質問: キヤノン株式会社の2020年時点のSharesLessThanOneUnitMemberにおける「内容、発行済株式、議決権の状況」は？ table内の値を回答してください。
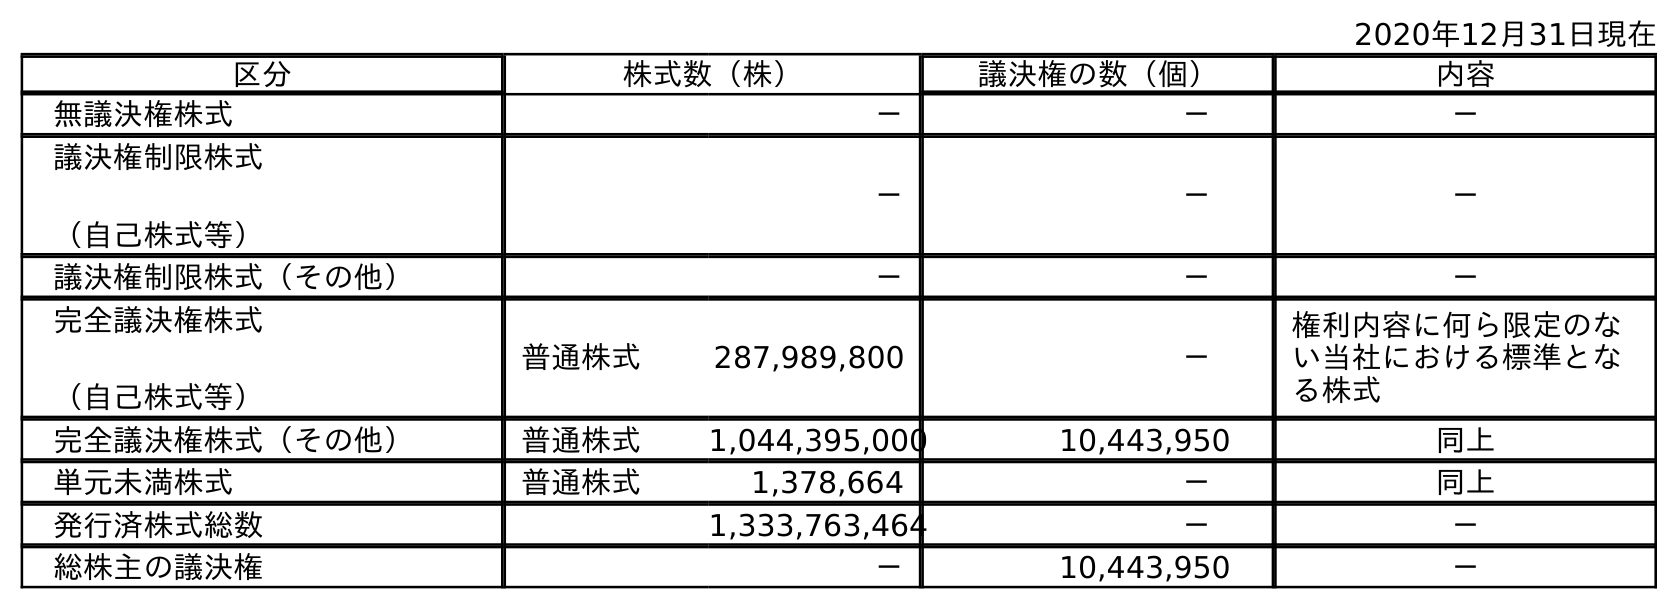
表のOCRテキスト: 2020年12月31日現在 区分 株式数（株） 議決権の数（個） 内容 無議決権株式 － － － 議決権制限株式 （自己株式等） － － － 議決権制限株式（その他） － － － 完全議決権株式 （自己株式等） 普通株式 287,989,800 － 権利内容に何ら限定のな い当社における標準とな る株式 完全議決権株式（その他） 普通株式 1,044,395,000 10,443,950 同上 単元未満株式 普通株式 1,378,664 － 同上 発行済株式総数 1,333,763,464 － － 総株主の議決権 － 10,443,950 －
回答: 同上